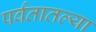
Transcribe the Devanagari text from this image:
पर्वतातल्या